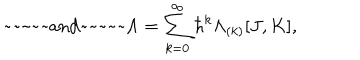
\mathrm { ~ ~ a n d ~ ~ } \Lambda = \sum _ { k = 0 } ^ { \infty } \hbar ^ { k } \Lambda _ { ( k ) } [ J , K ] ,